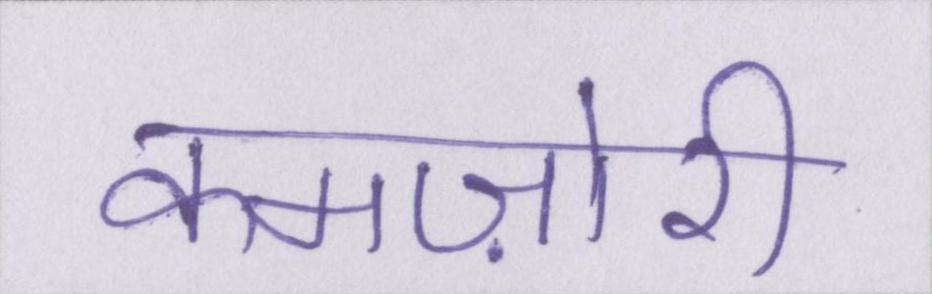
कमज़ोरी